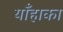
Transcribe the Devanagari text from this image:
याँहाका